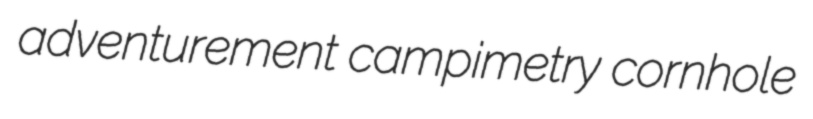
adventurement campimetry cornhole